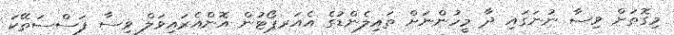
މިގޮތަށް ވިސާ ނުނަގައި ދާ މީހުންނަށް ތައިލެންޑުގެ އެއަރޕޯޓުން އޮންއެރައިވަލް ވިސާ ފަސްސަތޭކަ